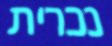
נכרית